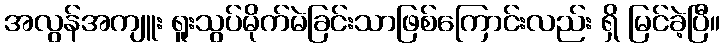
အလွန်အကျူး ရူးသွပ်မိုက်မဲခြင်းသာဖြစ်ကြောင်းလည်း ရှိ မြင်ခဲ့ပြီ။